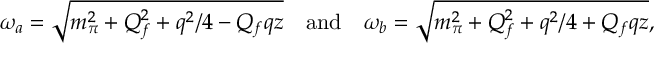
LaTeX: \omega _ { a } = \sqrt { m _ { \pi } ^ { 2 } + Q _ { f } ^ { 2 } + q ^ { 2 } / 4 - Q _ { f } q z } \quad \mathrm { a n d } \quad \omega _ { b } = \sqrt { m _ { \pi } ^ { 2 } + Q _ { f } ^ { 2 } + q ^ { 2 } / 4 + Q _ { f } q z } ,